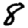
Digit: 8